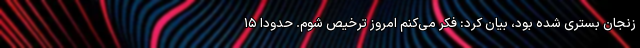
زنجان بستری شده بود، بیان کرد: فکر می‌کنم امروز ترخیص شوم. حدودا ۱۵